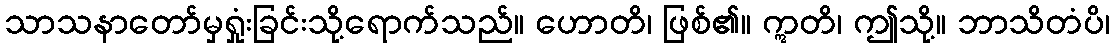
သာသနာတော်မှရှုံးခြင်းသို့ရောက်သည်။ ဟောတိ၊ ဖြစ်၏။ ဣတိ၊ ဤသို့။ ဘာသိတံပိ၊